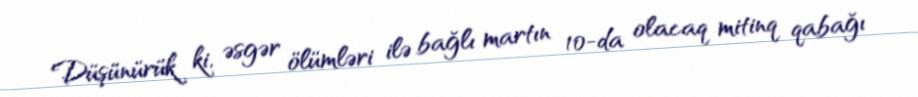
Düşünürük ki, əsgər ölümləri ilə bağlı martın 10-da olacaq mitinq qabağı